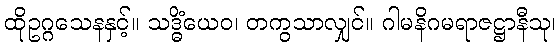
ထိုဥဂ္ဂသေနနှင့်။ သဒ္ဓိံယေဝ၊ တကွသာလျှင်။ ဂါမနိဂမရာဇဋ္ဌာနီသု၊